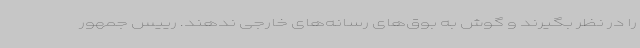
را در نظر بگیرند و گوش به بوق‌های رسانه‌های خارجی ندهند. رییس جمهور